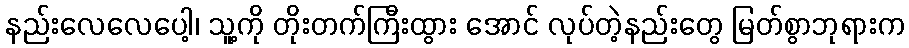
နည်းလေလေပေါ့၊ သူ့ကို တိုးတက်ကြီးထွား အောင် လုပ်တဲ့နည်းတွေ မြတ်စွာဘုရားက